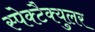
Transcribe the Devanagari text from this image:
स्पेक्टैक्युलर